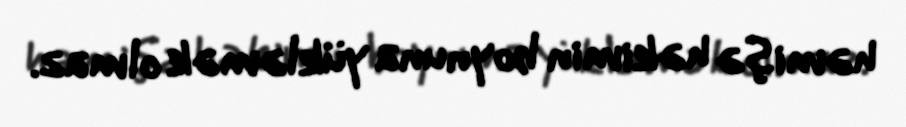
həmişə həkimin boynuna yükləmək olmaz.